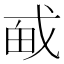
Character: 𪭎